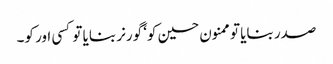
صدر بنایا تو ممنون حسین کو‘ گورنر بنایا تو کسی اور کو۔